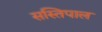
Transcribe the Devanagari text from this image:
सस्तिपाल